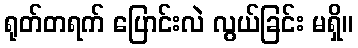
ရုတ်တရက် ပြောင်းလဲ လွယ်ခြင်း မရှိ။